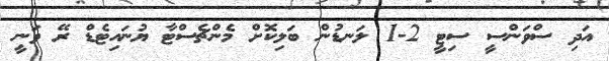
އަދި ސްވަންސީ ސިޓީ 2-1 ލަނޑުން ބަލިކޮށް މެންޗެސްޓާ ޔުނައިޓެޑް ރޭ ވަނީ